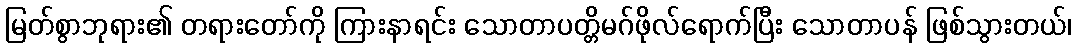
မြတ်စွာဘုရား၏ တရားတော်ကို ကြားနာရင်း သောတာပတ္တိမဂ်ဖိုလ်ရောက်ပြီး သောတာပန် ဖြစ်သွားတယ်၊